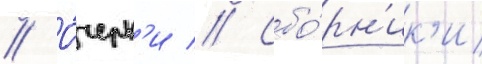
// О́черк'и // Сбо́рн'ик'и